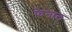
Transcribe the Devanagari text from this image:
फेनाल